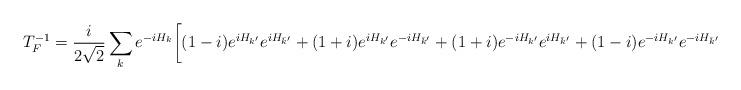
LaTeX: \begin{align*}T_F^{-1}=\frac{i}{2\sqrt{2}} \sum_k e^{-iH_k}\biggl[ (1-i)e^{iH_{k'}} e^{iH_{\bar k'}}+(1+i)e^{iH_{k'}} e^{-iH_{\bar k'}} +(1+i)e^{-iH_{k'}} e^{iH_{\bar k'}}+(1-i)e^{-iH_{k'}} e^{-iH_{\bar k'}} \biggr]\end{align*}